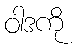
ဝါဒကို